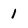
Character: 1